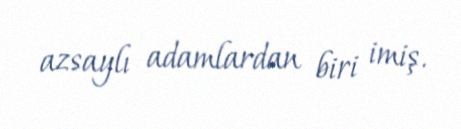
azsaylı adamlardan biri imiş.